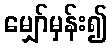
မျှော်မှန်း၍